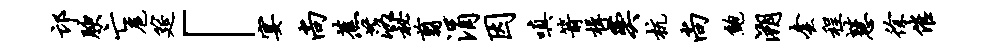
邙腴亡扈筵「宴尚蕉落秘翦涓因嗔箭楫奕杭尚鲍溯套程慧徐催